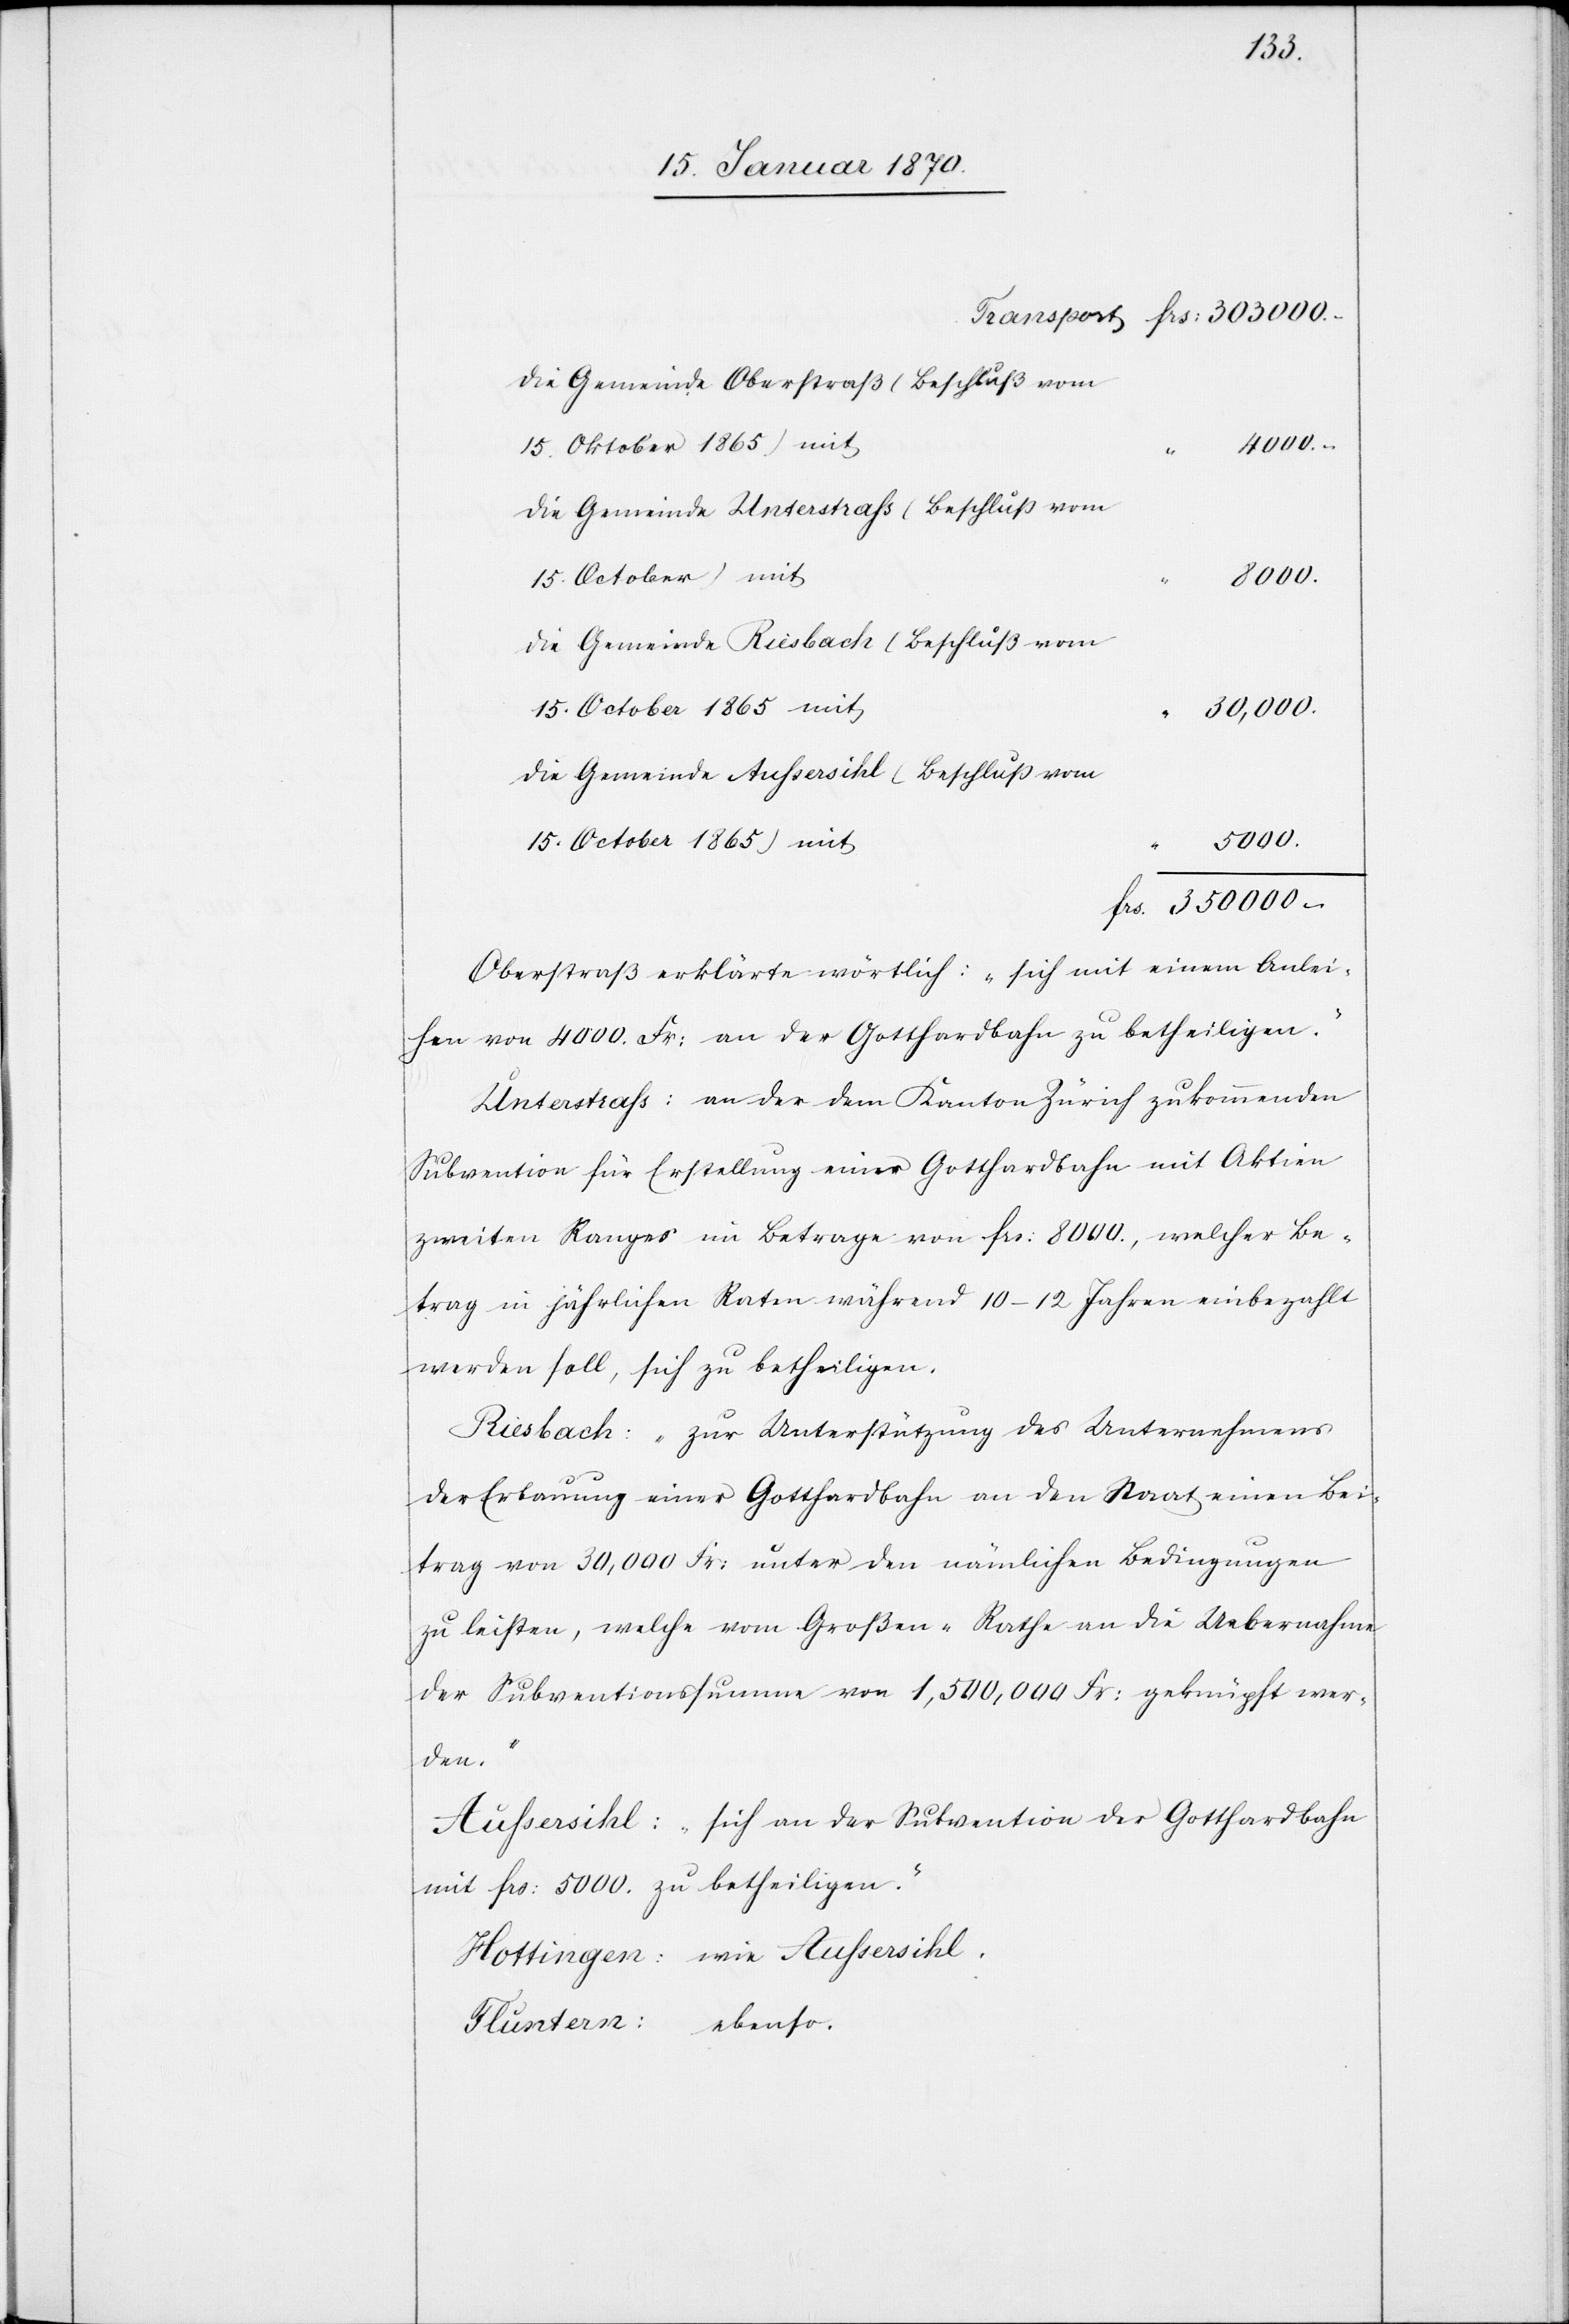
Die Gemeinde Oberstraß (Beschluß vom
15. October 1865) mit
4000.–
Die Gemeinde Unterstrass (Beschluß vom
8000.
Die Gemeinde Riesbach (Beschluß vom
15. October 1865) mit
“ 30,000.
Die Gemeinde Aussersihl (Beschluß vom
5000.
frs. 350 000.–
Oberstraß erklärte wörtlich: „sich mit einem Anlei¬
hen von 4000. Fr: an der Gotthardbahn zu betheiligen.“
Unterstrass: an der dem Kanton Zürich zukommenden
Subvention für Erstellung einer Gotthardbahn mit Aktien
zweiten Ranges im Betrage von frs: 8000., welcher Be¬
trag in jährlichen Raten während 10–12 Jahren einbezahlt
werden soll, sich zu betheiligen.
Riesbach: „zur Unterstützung des Unternehmens
der Erbauung einer Gotthardbahn an den Staat einen Bei¬
trag von 30,000 Fr: unter den nämlichen Bedingungen
zu leisten, welche vom Großen-Rathe an die Uebernahme
der Subventionssumme von 1,500,000 Fr: geknüpft wer¬
den.“
Aussersihl: „sich an der Subvention der Gotthardbahn
mit frs: 5000. zu betheiligen.“
Hottingen: wie Aussersihl.
Fluntern: ebenso.